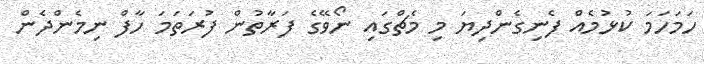
ހަމަހަމަ ކުޅުމެއް ފެނިގެންދިޔަ މި މެޗްގައި ނޯވޭގެ ފަރާތުން ފުރަތަމަ ހާފް ނިމެންދެން